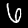
Digit: 6